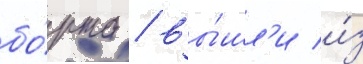
бо́рта / вы́шл'и и́з